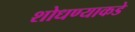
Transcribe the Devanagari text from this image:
शोधण्याकडे